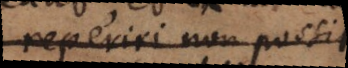
reperiri non possit